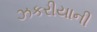
ઝકરીયાની